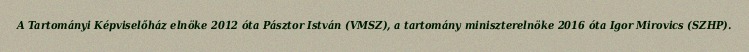
A Tartományi Képviselőház elnöke 2012 óta Pásztor István (VMSZ), a tartomány miniszterelnöke 2016 óta Igor Mirovics (SZHP).